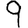
Digit: 9